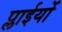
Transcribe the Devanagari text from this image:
प्लाईयों